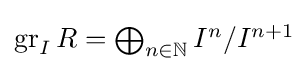
{\textstyle \operatorname {gr} _{I}R=\bigoplus _{n\in \mathbb {N} }I^{n}/I^{n+1}}